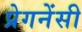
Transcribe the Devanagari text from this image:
प्रेगनेंसी